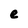
Character: e